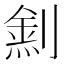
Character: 𠟛